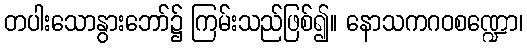
တပါးသောနွားဘော်၌ ကြမ်းသည်ဖြစ်၍။ နောသကဂဝစဏ္ဍော၊